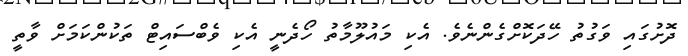
ދޮށުގައި ވަގުތު ހޭދަކޮށްގެންނެވެ. އެކި މައުލޫމާތު ހޯދެނީ އެކި ވެބްސައިޓް ތަކުންކަމަށް ވާތީ